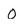
Character: 0